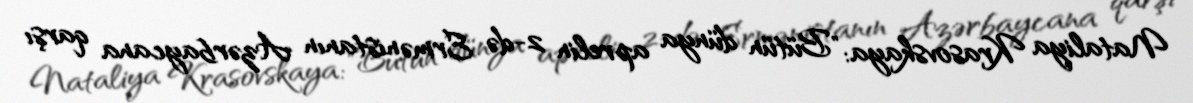
Nataliya Krasovskaya: "Bütün dünya aprelin 2-də Ermənistanın Azərbaycana qarşı